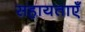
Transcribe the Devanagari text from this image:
सहायताएँ